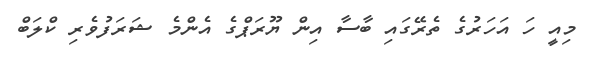
މިއީ ހަ އަހަރުގެ ތެރޭގައި ބާސާ އިން ޔޫރަޕްގެ އެންމެ ޝަރަފުވެރި ކްލަބް